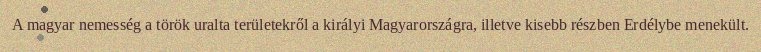
A magyar nemesség a török uralta területekről a királyi Magyarországra, illetve kisebb részben Erdélybe menekült.